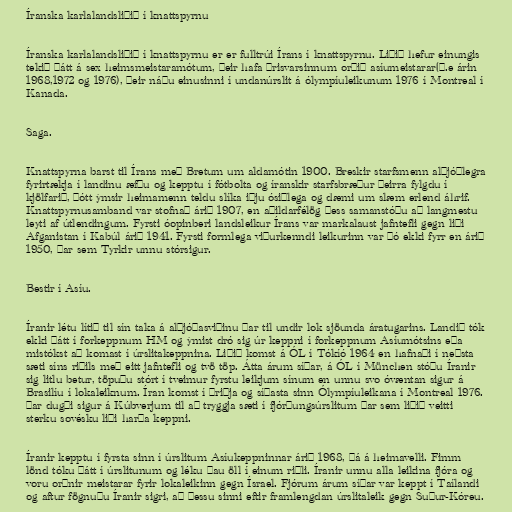
Íranska karlalandsliðið í knattspyrnu

Íranska karlalandsliðið í knattspyrnu er er fulltrúi Írans í knattspyrnu. Liðið hefur einungis
tekið þátt á sex heimsmeistaramótum, þeir hafa þrisvarsinnum orðið asíumeistarar(þ.e árin
1968,1972 og 1976), þeir náðu einusinni í undanúrslit á ólympíuleikunum 1976 í Montreal í
Kanada.

Saga.

Knattspyrna barst til Írans með Bretum um aldamótin 1900. Breskir starfsmenn alþjóðlegra
fyrirtækja í landinu æfðu og kepptu í fótbolta og íranskir starfsbræður þeirra fylgdu í
kjölfarið, þótt ýmsir heimamenn teldu slíka iðju ósiðlega og dæmi um slæm erlend áhrif.
Knattspyrnusamband var stofnað árið 1907, en aðildarfélög þess samanstóðu að langmestu
leyti af útlendingum. Fyrsti óopinberi landsleikur Írans var markalaust jafntefli gegn liði
Afganistan í Kabúl árið 1941. Fyrsti formlega viðurkenndi leikurinn var þó ekki fyrr en árið
1950, þar sem Tyrkir unnu stórsigur.

Bestir í Asíu.

Íranir létu lítið til sín taka á alþjóðasviðinu þar til undir lok sjöunda áratugarins. Landið tók
ekki þátt í forkeppnum HM og ýmist dró sig úr keppni í forkeppnum Asíumótsins eða
mistókst að komast í úrslitakeppnina. Liðið komst á ÓL í Tókíó 1964 en hafnaði í neðsta
sæti síns riðils með eitt jafntefli og tvö töp. Átta árum síðar, á ÓL í München stóðu Íranir
sig litlu betur, töpuðu stórt í tveimur fyrstu leikjum sínum en unnu svo óvæntan sigur á
Brasilíu í lokaleiknum. Íran komst í þriðja og síðasta sinn Ólympíuleikana í Montreal 1976.
Þar dugði sigur á Kúbverjum til að tryggja sæti í fjórðungsúrslitum þar sem liðið veitti
sterku sovésku liði harða keppni.

Íranir kepptu í fyrsta sinn í úrslitum Asíukeppninnar árið 1968, þá á heimavelli. Fimm
lönd tóku þátt í úrslitunum og léku þau öll í einum riðli. Íranir unnu alla leikina fjóra og
voru orðnir meistarar fyrir lokaleikinn gegn Ísrael. Fjórum árum síðar var keppt í Taílandi
og aftur fögnuðu Íranir sigri, að þessu sinni eftir framlengdan úrslitaleik gegn Suður-Kóreu.